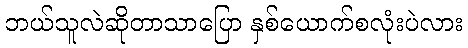
ဘယ်သူလဲဆိုတာသာပြော နှစ်ယောက်စလုံးပဲလား